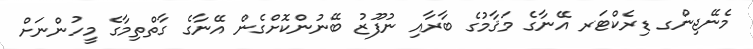
މެނޭޖިންގ ޑިރެކްޓަރ އޭނާގެ މަޤާމުގެ ބާރާއި ނުފޫޒު ބޭނުންކޮށްގެން އޭނާގެ ގާތްތިމާގެ މީހުންނަށް